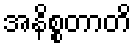
အနိစ္စတာတိ